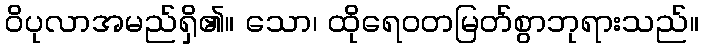
ဝိပုလာအမည်ရှိ၏။ သော၊ ထိုရေဝတမြတ်စွာဘုရားသည်။